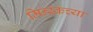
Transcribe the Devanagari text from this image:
मिन्स्कच्या